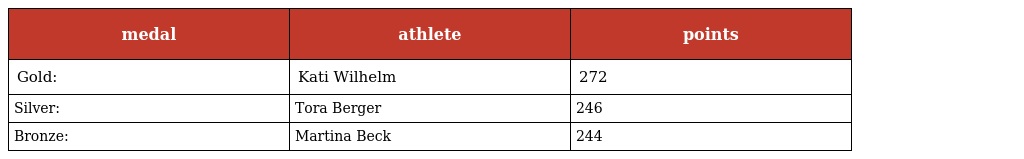
| medal | athlete | points |
 | --- | --- | --- |
 | Gold: | Kati Wilhelm | 272 |
 | Silver: | Tora Berger | 246 |
 | Bronze: | Martina Beck | 244 |